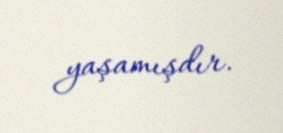
yaşamışdır.